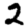
Digit: 2